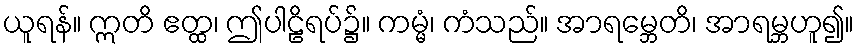
ယူရန်။ ဣတိ ဧတ္ထ၊ ဤပါဠိရပ်၌။ ကမ္မံ၊ ကံသည်။ အာရမ္ဘေတိ၊ အာရမ္ဘဟူ၍။